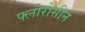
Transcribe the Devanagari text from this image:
फ्लोरोसीन